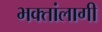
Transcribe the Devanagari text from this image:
भक्तांलागी